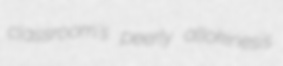
classroom's peerly allokinesis